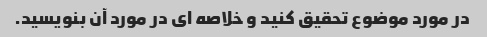
در مورد موضوع تحقیق کنید و خلاصه ای در مورد آن بنویسید.